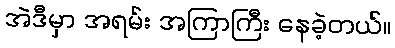
အဲဒီမှာ အရမ်း အကြာကြီး နေခဲ့တယ်။